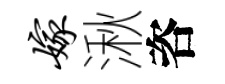
嫁湫咨